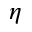
\eta